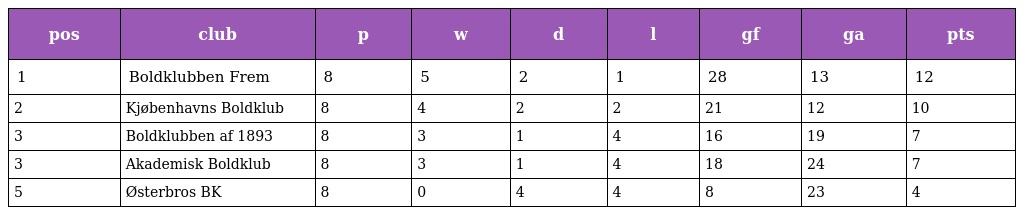
| pos | club | p | w | d | l | gf | ga | pts |
 | --- | --- | --- | --- | --- | --- | --- | --- | --- |
 | 1 | Boldklubben Frem | 8 | 5 | 2 | 1 | 28 | 13 | 12 |
 | 2 | Kjøbenhavns Boldklub | 8 | 4 | 2 | 2 | 21 | 12 | 10 |
 | 3 | Boldklubben af 1893 | 8 | 3 | 1 | 4 | 16 | 19 | 7 |
 | 3 | Akademisk Boldklub | 8 | 3 | 1 | 4 | 18 | 24 | 7 |
 | 5 | Østerbros BK | 8 | 0 | 4 | 4 | 8 | 23 | 4 |